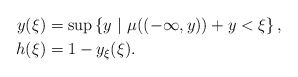
\begin{align*}y(\xi)&=\sup\left\{y\ |\ \mu((-\infty,y))+y<\xi\right\},\\h(\xi)&=1-y_\xi(\xi).\end{align*}